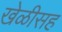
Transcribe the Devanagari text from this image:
खेळीसह